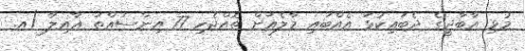
މުޅި އާބާދީގެ ދެބައިކުޅަ އެއްބައި މާލެއަށް ތޮއްޖެހި 77 އިންސައްތަ ޢާއިލާ (އ.